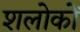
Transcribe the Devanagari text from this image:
शलोकों